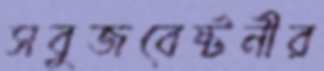
সবুজবেষ্টনীর